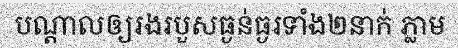
បណ្តាលឲ្យរងរបួសធ្ងន់ធ្ងរទាំង២នាក់ ភ្លាម